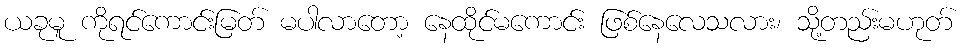
ယခုမူ ကိုရင်ကောင်းမြတ် မပါလာတော့ နေထိုင်မကောင်း ဖြစ်နေလေသလား၊ သို့တည်းမဟုတ်